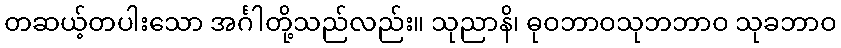
တဆယ့်တပါးသော အင်္ဂါတို့သည်လည်း။ သုညာနိ၊ ဓုဝဘာဝသုဘဘာဝ သုခဘာဝ